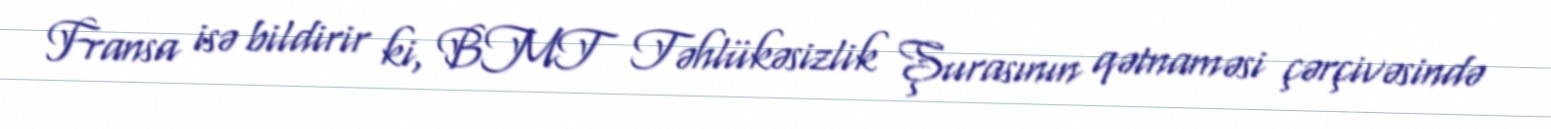
Fransa isə bildirir ki, BMT Təhlükəsizlik Şurasının qətnaməsi çərçivəsində